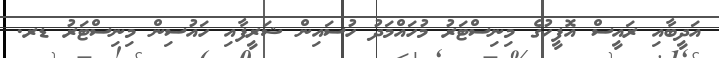
އަދީބާއި ރައީސް އޮފީހުގެ މިނިސްޓަރު މުހައްމަދު ހުސައިން ޝަރީފާއި ހައުސިން މިނިސްޓަރު ޑރ.